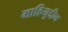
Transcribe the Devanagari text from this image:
माहियुद्दीन